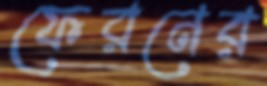
ফেরনের